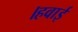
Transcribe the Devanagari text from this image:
।हवाई